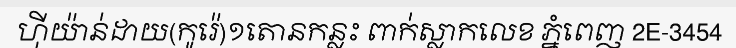
ហ៊ីយ៉ាន់ដាយ(កូរ៉េ)១តោនកន្លះ ពាក់ស្លាកលេខ ភ្នំពេញ 2E-3454